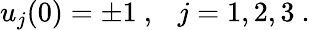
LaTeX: u_{j}(0)=\pm 1\ ,\ \ \ j=1,2,3\ .